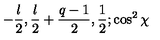
- { \frac { l } { 2 } } , { \frac { l } { 2 } } + { \frac { q - 1 } { 2 } } , { \frac { 1 } { 2 } } ; \cos ^ { 2 } \chi